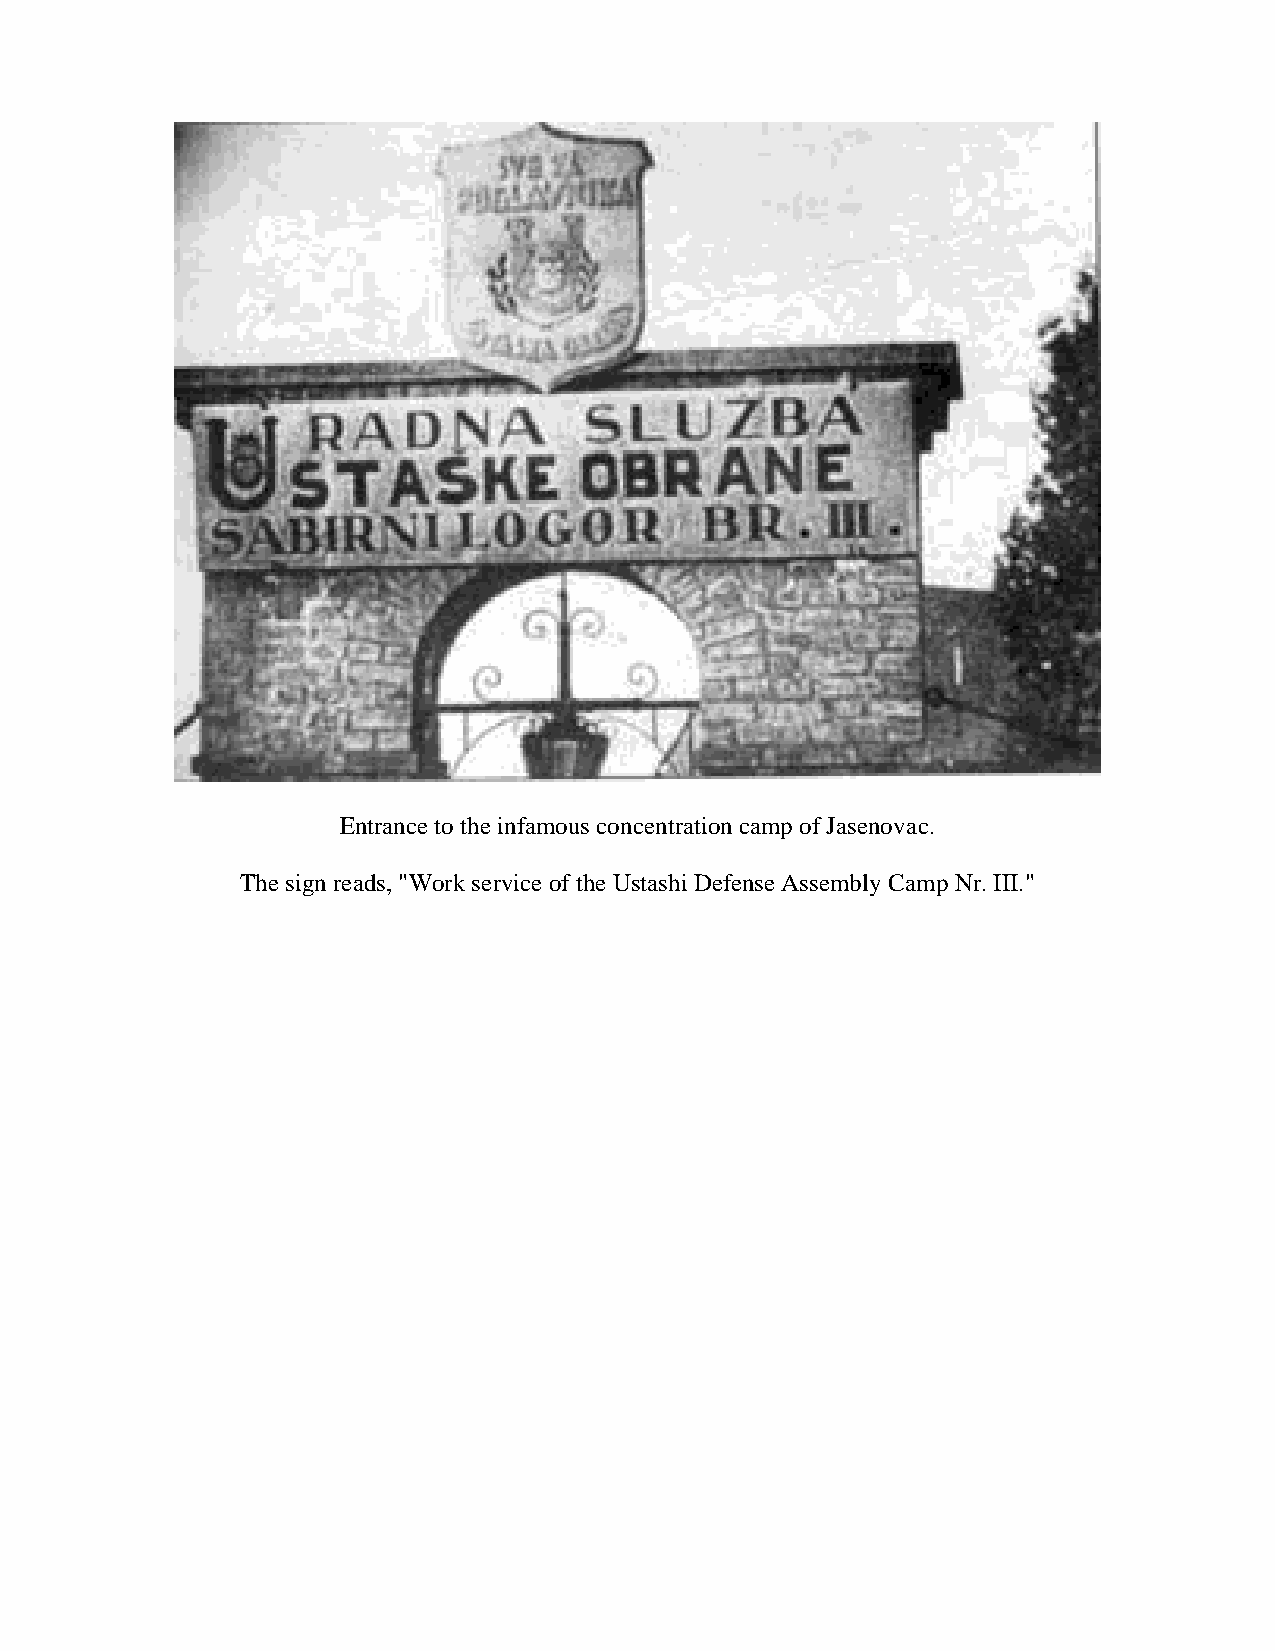
Entrance to the infamous concentration camp of Jasenovac.
 The sign reads, "Work service of the Ustashi Defense Assembly Camp Nr. III."